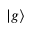
| g \rangle